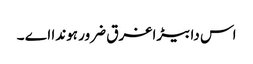
اس دا بیڑا غرق ضرور ہوندا اے ۔